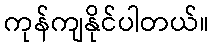
ကုန်ကျနိုင်ပါတယ်။